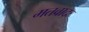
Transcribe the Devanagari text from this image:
मतवादः